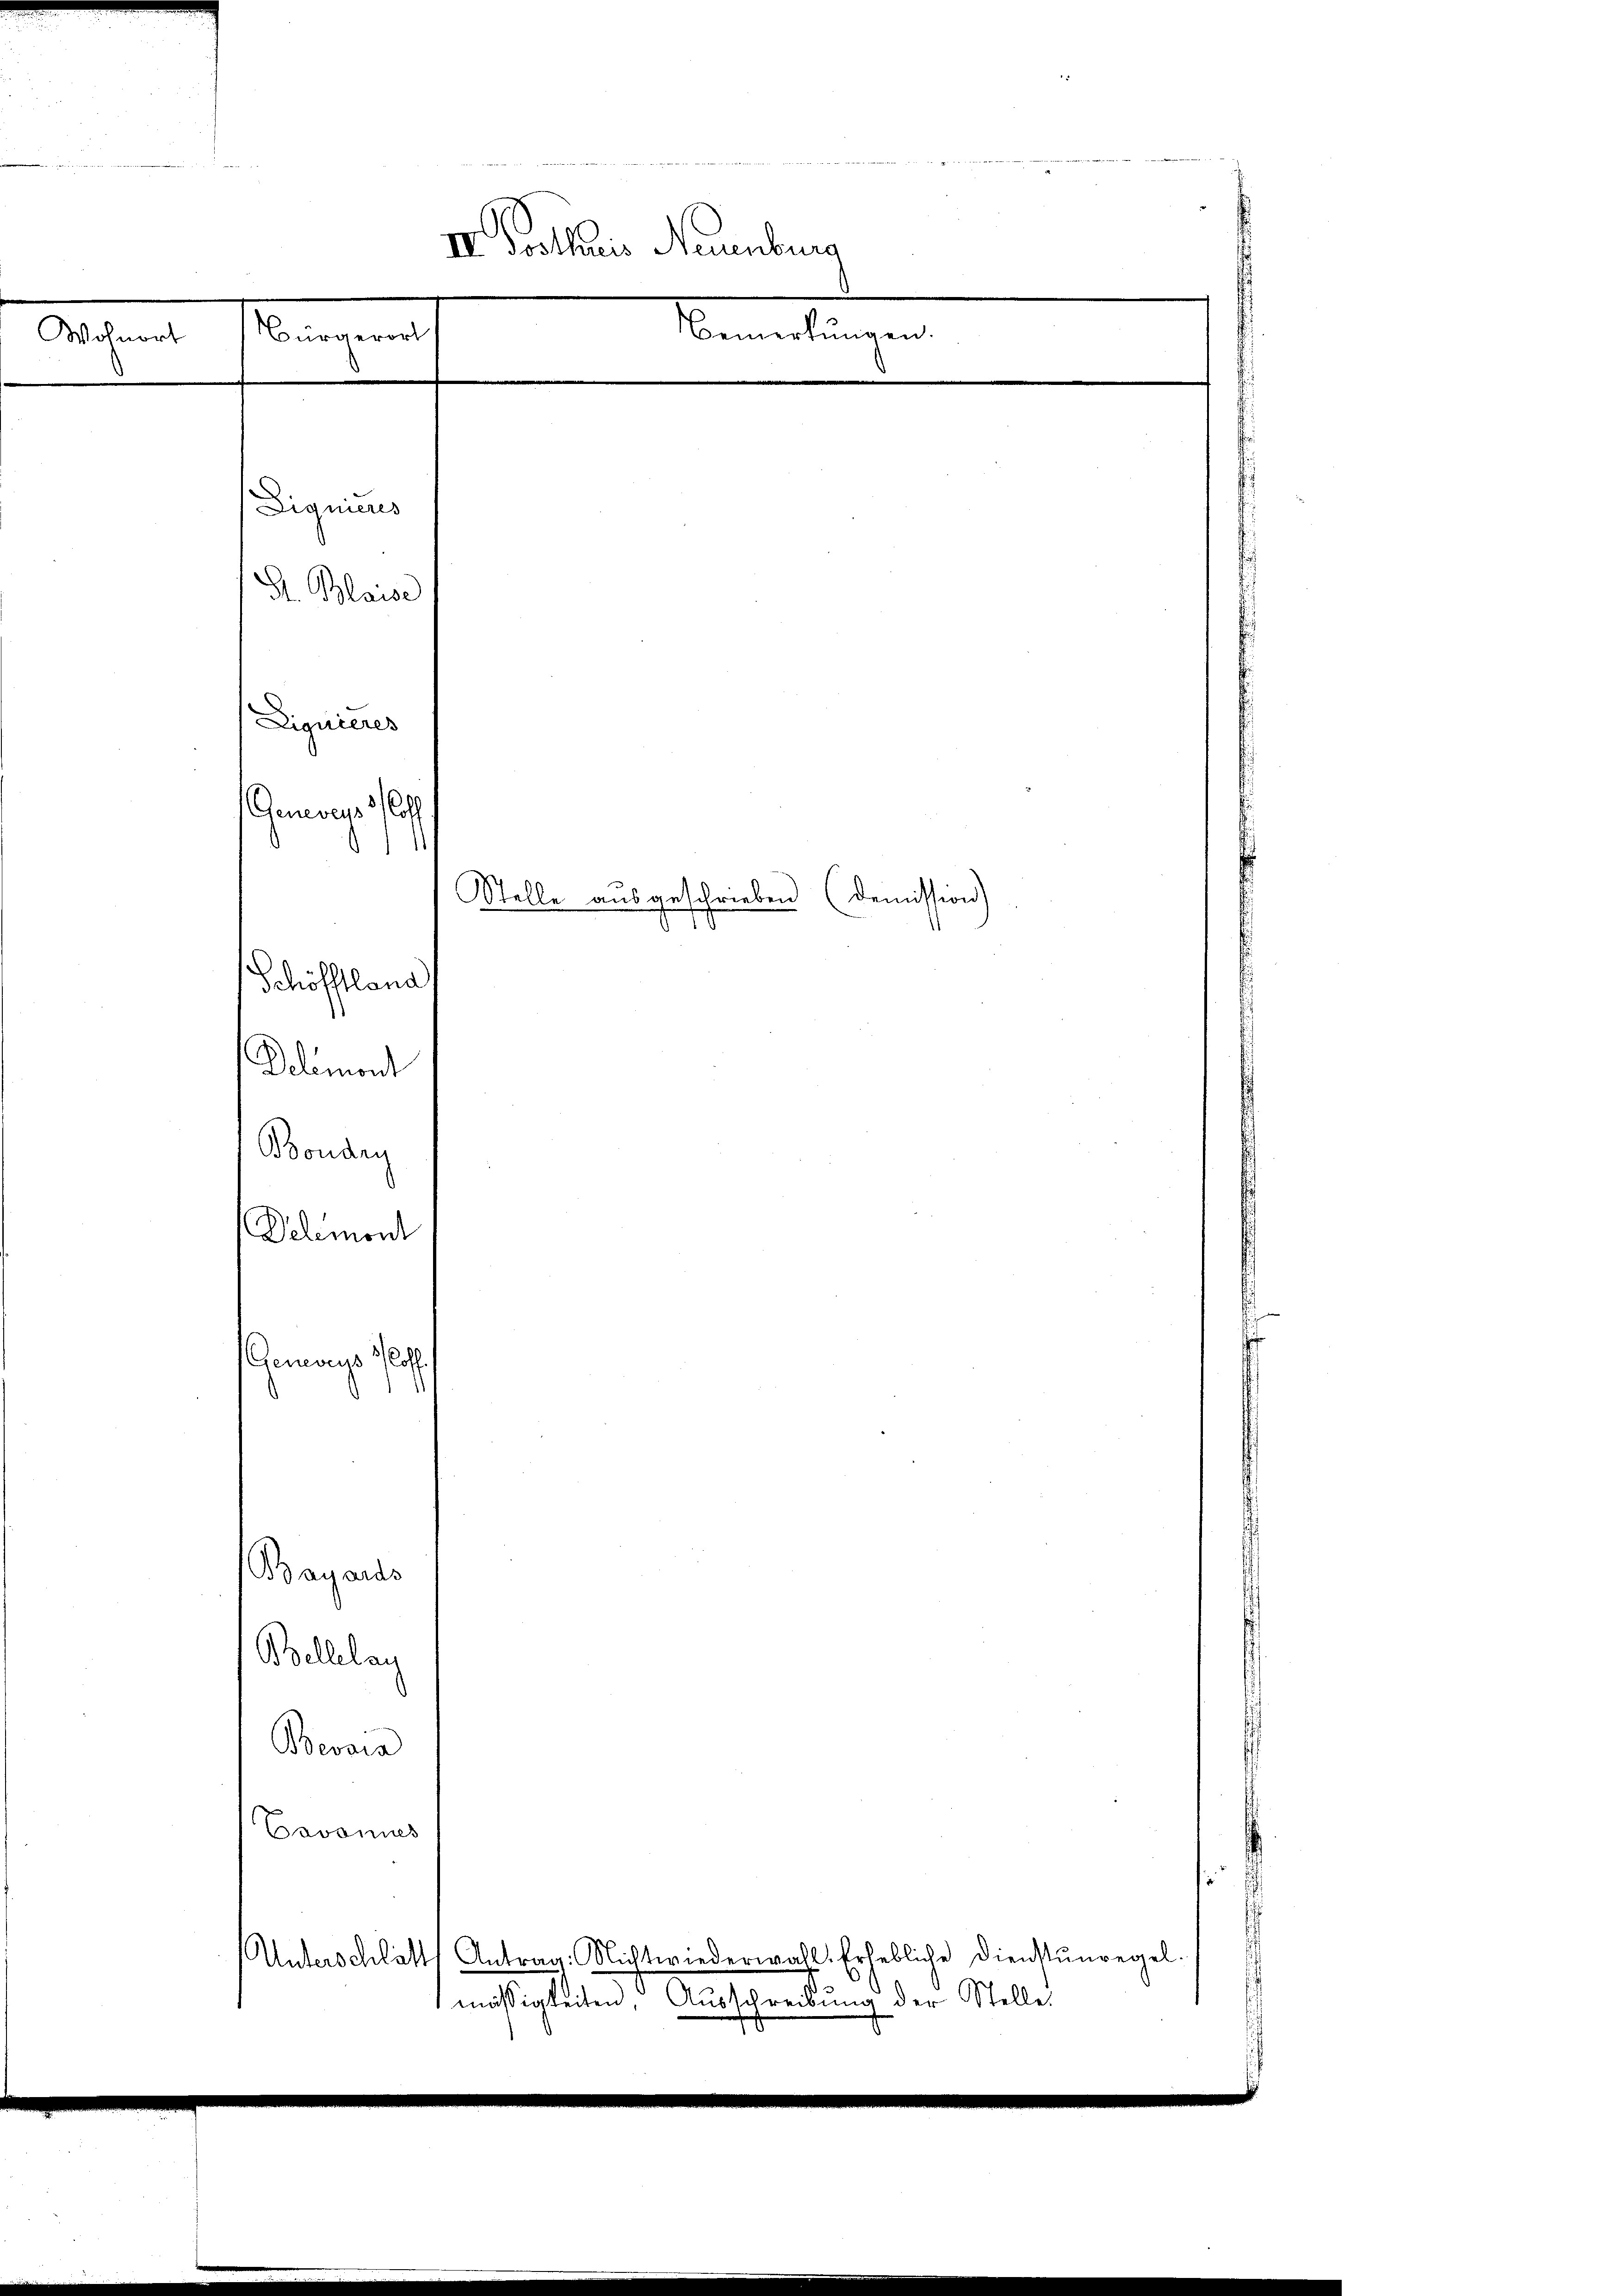
IV. Trotturis Neuenburg
Bürgerort
Wohnort
d
Dignums

G. Blaise

Liquieres
Genosse
Stelle aŭsgeschrieben (demission)
d
Schöfftlena
Delémont

Bonang
Delmord

s
o

Bemerkungen.

Bayards
Bellelag
Bevaia
Cavannes
Unterschläft Antrag: Nichtwiederwahl. Erhebliche Dienstŭnregel.
mässigkeiten Ausschreibung der Stelle.